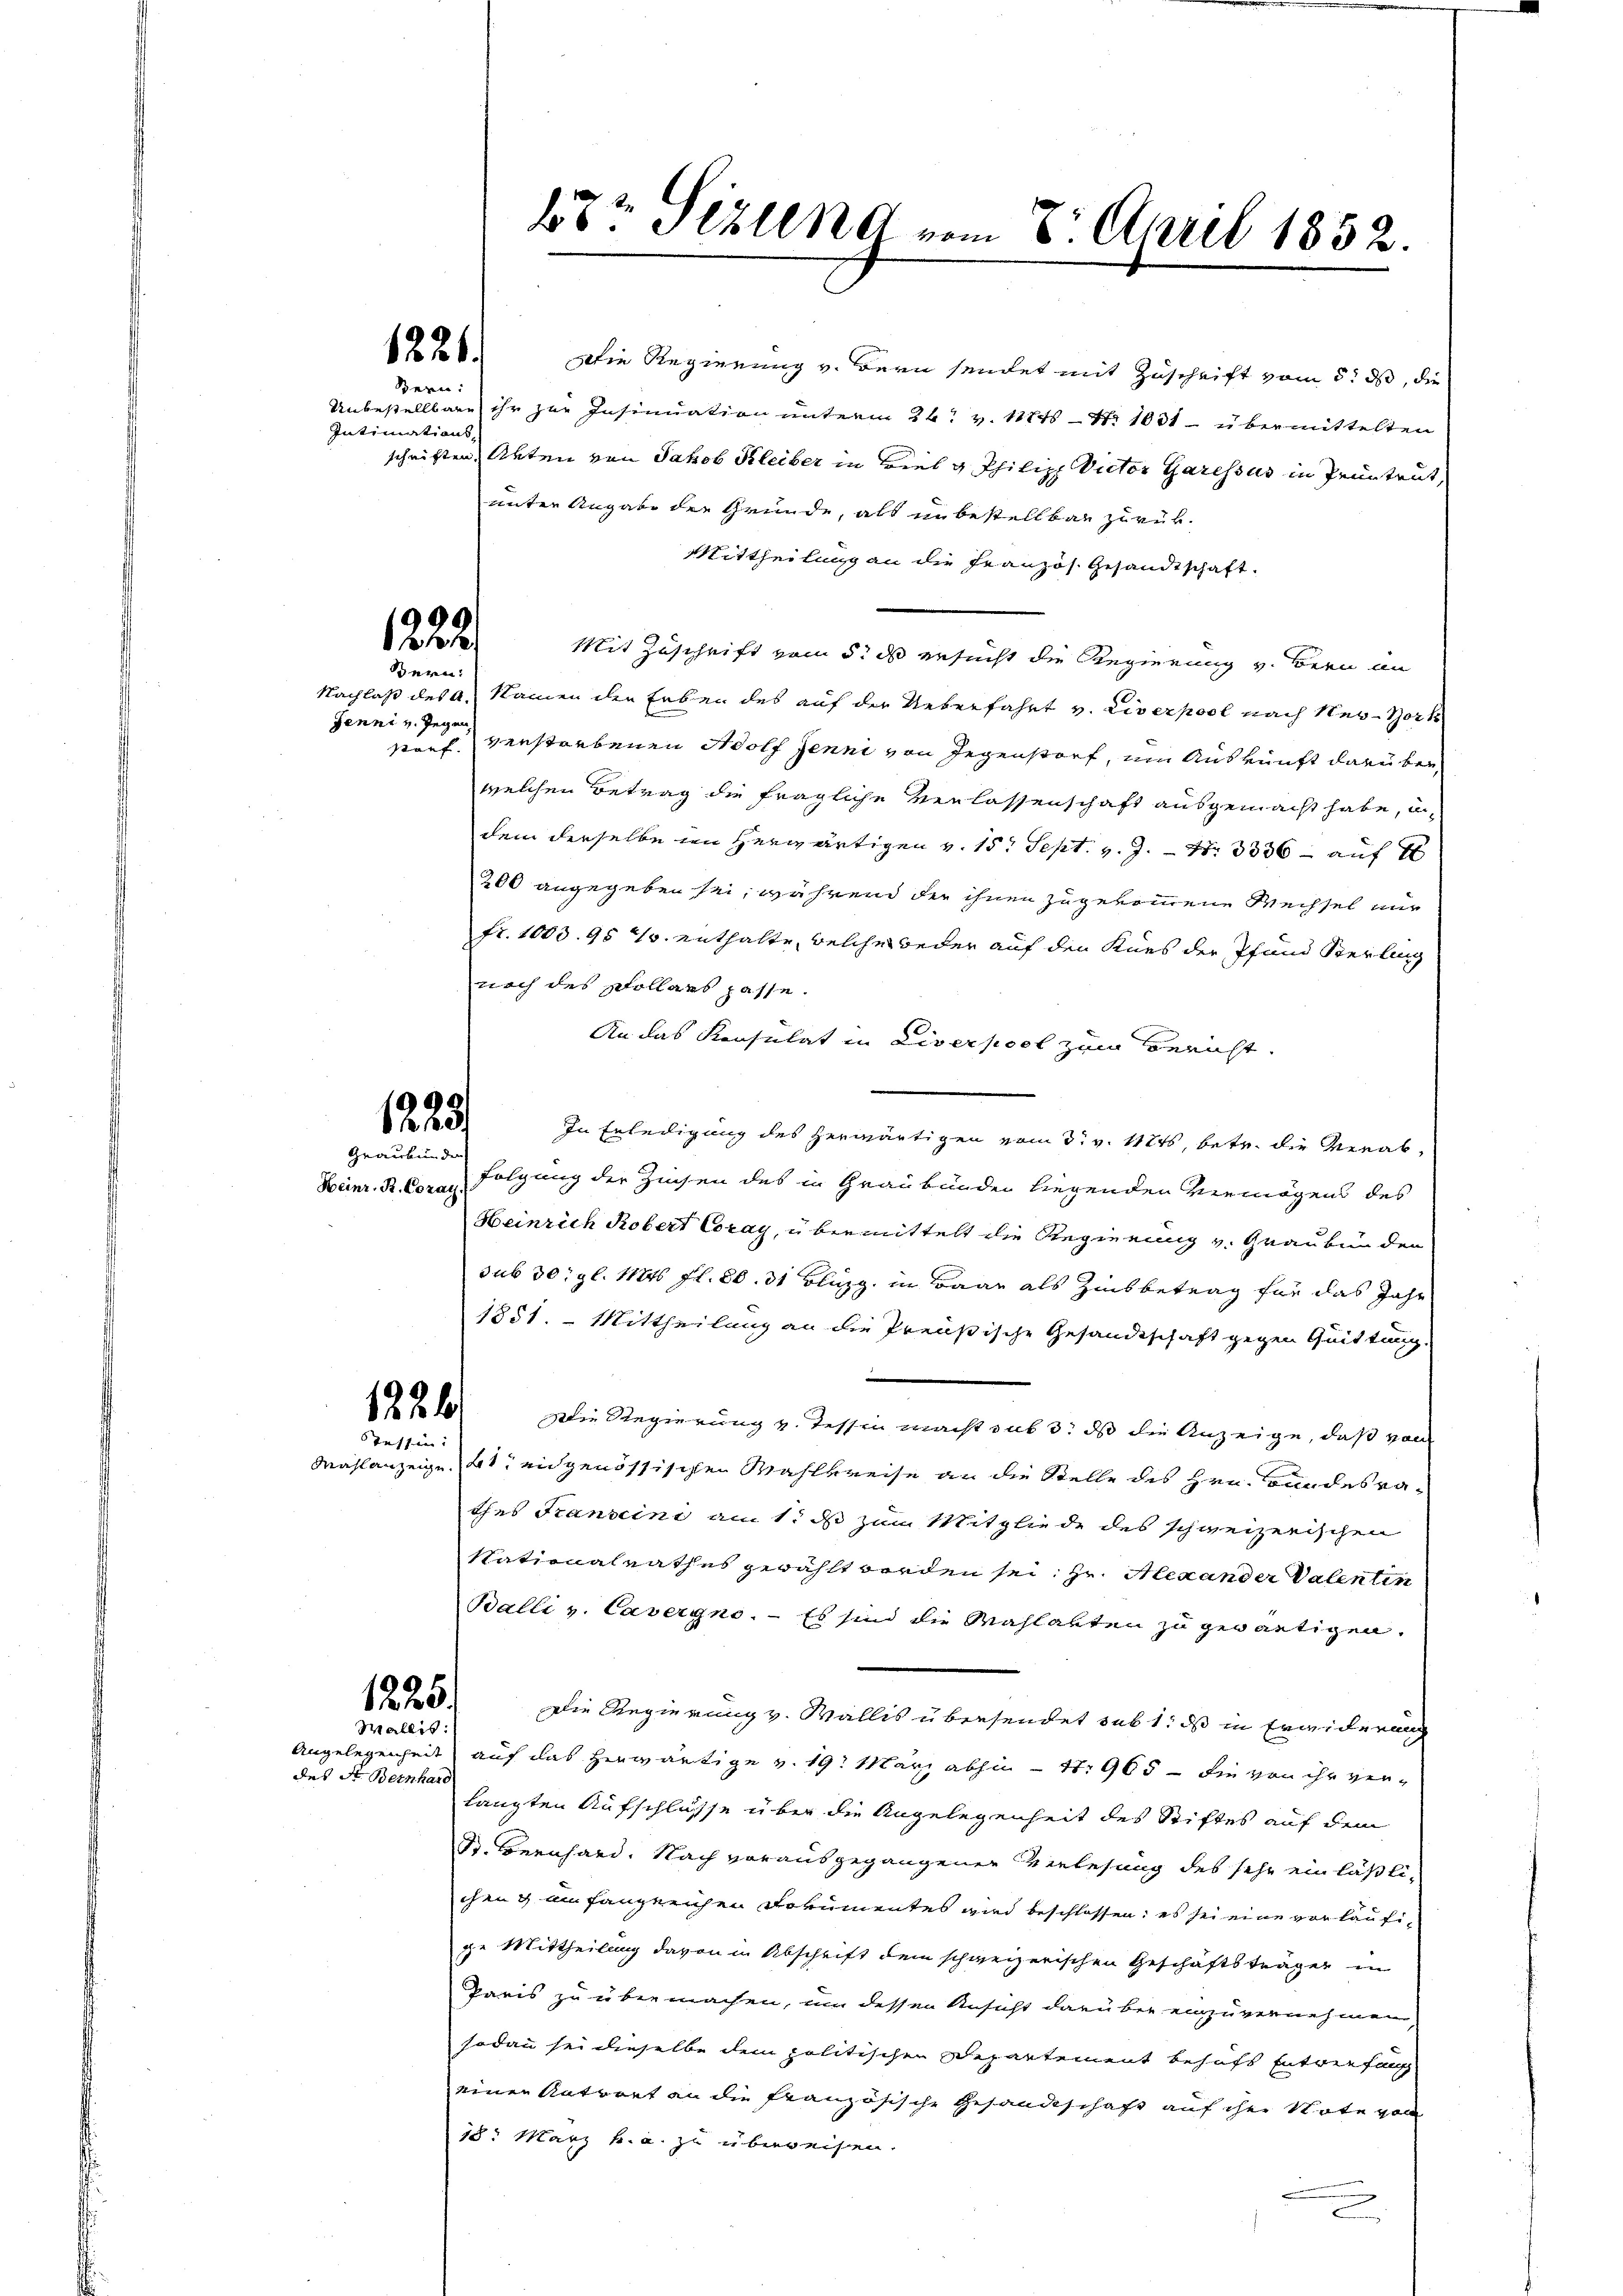
Bern:
Intimations-

Bern:
Jenni v. Gegen

1223.
Graubünde

1221.

1222

1226
Tessin:

1225.
Wallis:

Angelegenheit
des St. Bernhard

Die Regierung v. Bern sendet mit Zuschrift vom 5. ds, die
Unbestellbare ihr zur Insinuation unterm 24t v. 1871 - No 1031 - übermittelten
schriften, Akten von Jakob Kleiber in viel u. Philiph Victor Garessus in Pruntrut,
unter Angabe der Gründe, als unbestellbar zurük¬
Mittheilung an die Französ. Gesandtschaft.
Mit Zuschrift vom 5. ds ersucht die Regierung v. Bern an
Nachlaß des A. Namen den Erben des auf der Ueberfahrt v. Liverpool nach New-York
storf verstorbenen Adolf Jenni von Gegenstorf, um Auskunft darüber
welchen Betrag die fragliche Verlassenschaft ausgemacht habe, undem derselbe in herwärtigen v. 15t Sept. v. J. N. 3336 auf
200 angegeben sei, während der ihnen zugekommene Wechsel nur
fr. 1003. 95 u. enthalte, welche weder auf den Kurs der Pfand Sterling
noch des Pollars passe.
An das Konsulat in Liverpool zum Bericht
In Erledigung des herwärtigen vom 3. v. 1474, betr. die Verab¬
Heinr. B. Coran folgung der Zinsen des in Graubünden liegenden Vermögens des
Heinrich Robert Coray, übermittelt die Regierung v. Graubünden
sub 30. gl. Mts fl. 80. 31 Bluzg in Baar als Zinsbetrag für das Jahr
1851. - Mittheilung an die Preußische Gesandtschaft gegen Quittung
Die Regierung v. Tessin macht sub 3. ds die Anzeige, daß von
Mahlanzeige, als eidgenössischen Wahlkreise an die Stelle des Hrn. Bundesrathes Franseine am 1. ds zum Mitgliede des schweizerischen
Nationalrathes gewählt worden sei. Hr. Alexander Valentin
Balli v. Cavergno. — Es sind die Wahlarten zu gewärtigen.
Die Regierung v. Wallis übersendet sub 1. ds in Erwiderung
auf das herwärtige v. 19. März abhin - 4. 965 – Sie von ihr verhängten Aufschlüsse über die Angelegenheit des Stiftes auf dem
S. Bernhard. Nach vorausgegangener Verlesung des sehr einläßlichen & einfangerichen Dokumentes wird beschlossen; es sei eine vorläufige Mittheilung davon in Abschrift dem schweizerischen Geschäftsträger in
Paris zu übermachen, um dessen Ansicht darüber einzuvernehmen,
sodann sei dieselbe dem politischen Departement behufs Entverfang
einen Antrart an die französische Gesandtschaft auf ihre Note von
18. März h. u. zu überweisen.

bt? Sizung vom 8. April 1852.